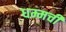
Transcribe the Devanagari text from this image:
धम्मची